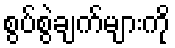
စွပ်စွဲချက်များကို